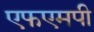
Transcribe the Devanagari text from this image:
एफएमपी